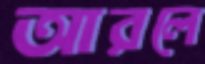
আরলে